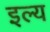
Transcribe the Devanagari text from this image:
इल्य